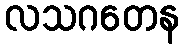
လသဂတေန